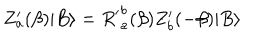
Z _ { a } ^ { \prime } ( \beta ) | B \rangle = { R ^ { \prime } } _ { a } ^ { b } ( \beta ) Z _ { b } ^ { \prime } ( - \beta ) | B \rangle